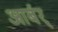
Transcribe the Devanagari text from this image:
आर्बर्